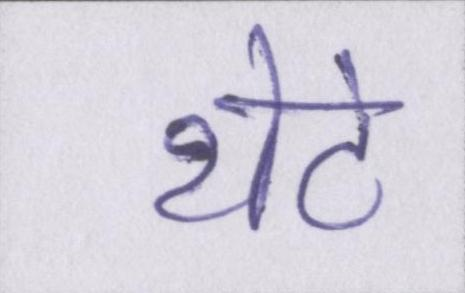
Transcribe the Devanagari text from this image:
थेटे